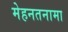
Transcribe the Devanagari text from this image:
मेहनतनामा